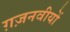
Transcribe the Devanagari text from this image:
ग़ज़नवीयों